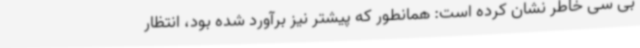
بی سی خاطر نشان کرده است: همانطور که پیشتر نیز برآورد شده بود، انتظار